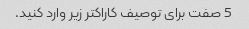
5 صفت برای توصیف کاراکتر زیر وارد کنید.